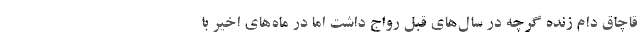
قاچاق دام زنده گرچه در سال‌های قبل رواج داشت اما در ماه‌های اخیر با